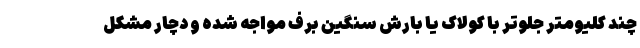
چند کلیومتر جلوتر با کولاک یا بارش سنگین برف مواجه شده و دچار مشکل